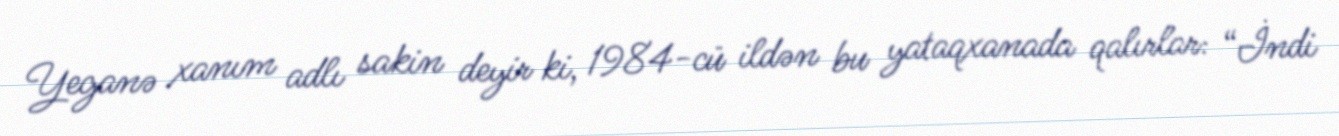
Yeganə xanım adlı sakin deyir ki, 1984-cü ildən bu yataqxanada qalırlar: “İndi